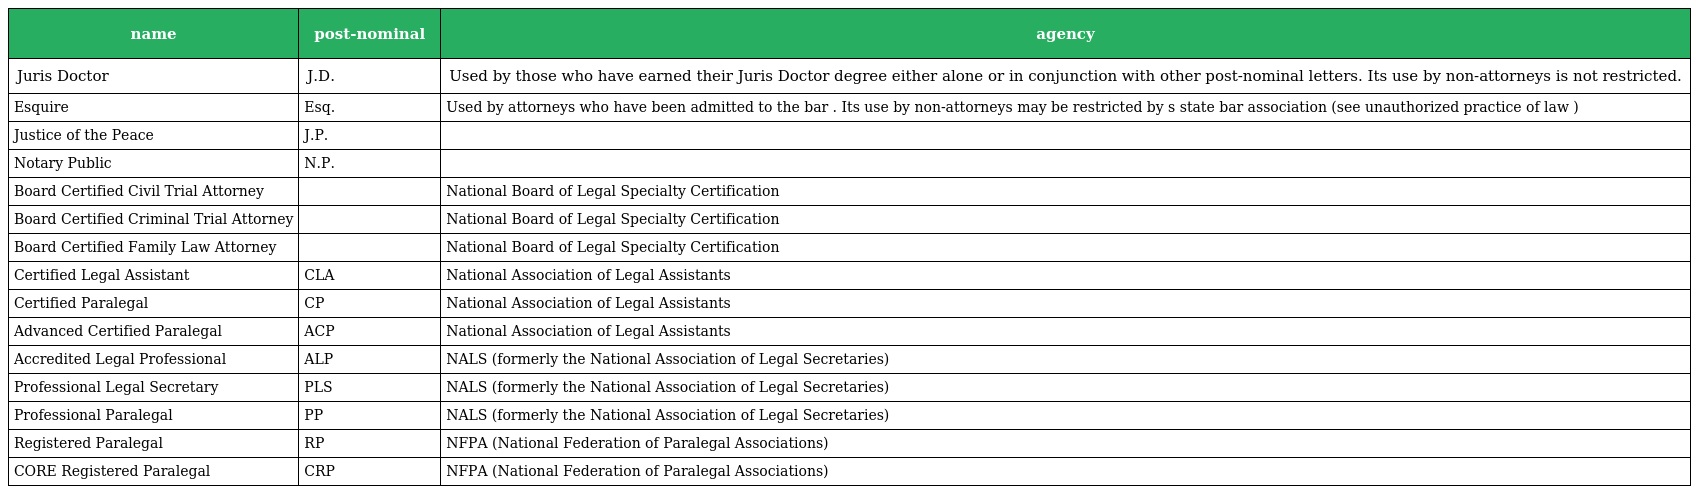
| name | post-nominal | agency |
 | --- | --- | --- |
 | Juris Doctor | J.D. | Used by those who have earned their Juris Doctor degree either alone or in conjunction with other post-nominal letters. Its use by non-attorneys is not restricted. |
 | Esquire | Esq. | Used by attorneys who have been admitted to the bar . Its use by non-attorneys may be restricted by s state bar association (see unauthorized practice of law ) |
 | Justice of the Peace | J.P. |  |
 | Notary Public | N.P. |  |
 | Board Certified Civil Trial Attorney |  | National Board of Legal Specialty Certification |
 | Board Certified Criminal Trial Attorney |  | National Board of Legal Specialty Certification |
 | Board Certified Family Law Attorney |  | National Board of Legal Specialty Certification |
 | Certified Legal Assistant | CLA | National Association of Legal Assistants |
 | Certified Paralegal | CP | National Association of Legal Assistants |
 | Advanced Certified Paralegal | ACP | National Association of Legal Assistants |
 | Accredited Legal Professional | ALP | NALS (formerly the National Association of Legal Secretaries) |
 | Professional Legal Secretary | PLS | NALS (formerly the National Association of Legal Secretaries) |
 | Professional Paralegal | PP | NALS (formerly the National Association of Legal Secretaries) |
 | Registered Paralegal | RP | NFPA (National Federation of Paralegal Associations) |
 | CORE Registered Paralegal | CRP | NFPA (National Federation of Paralegal Associations) |